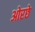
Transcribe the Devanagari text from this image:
ओरछे